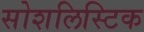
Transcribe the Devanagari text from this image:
सोशलिस्टिक